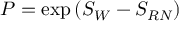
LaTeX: P = \exp \left( { \cal S } _ { W } - { \cal S } _ { R N } \right)